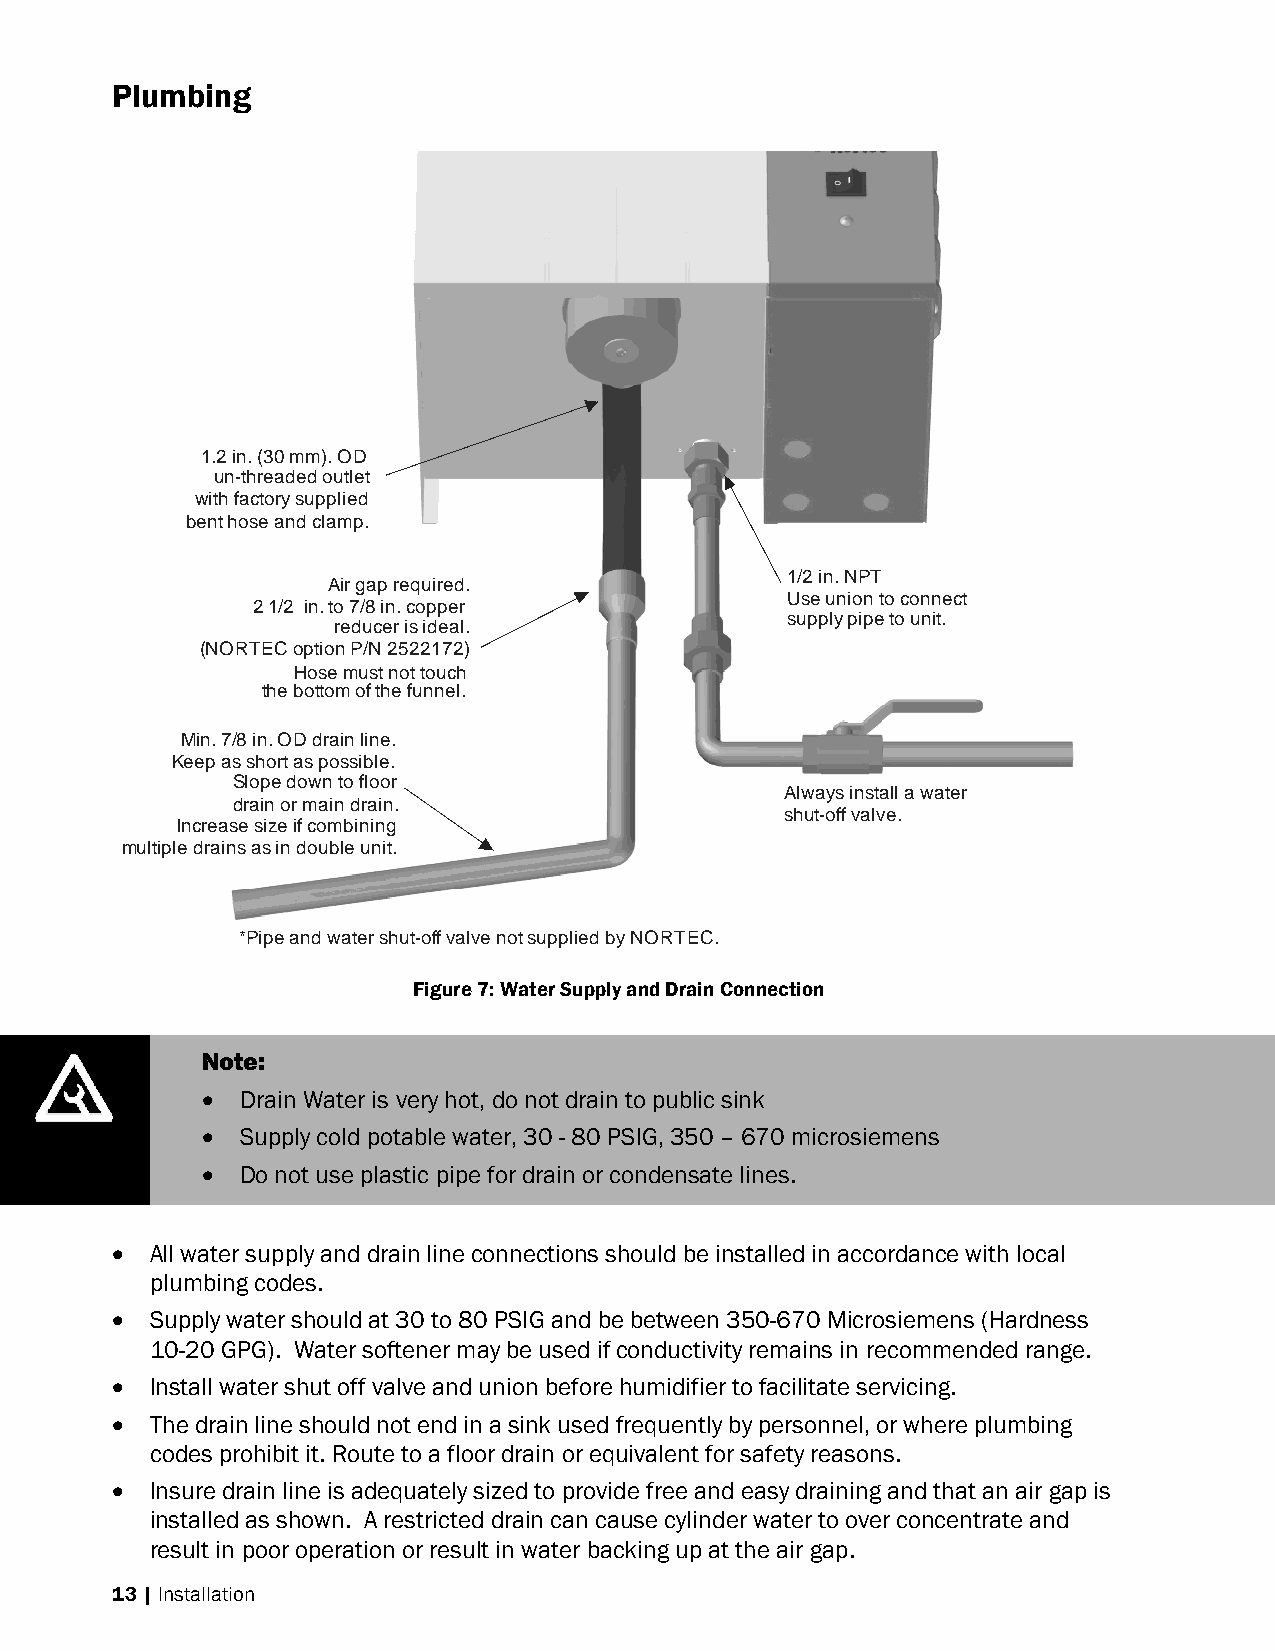
Plumbing
 1.2 in. (30 mm). OD
 un-threaded outlet
 with factory supplied
 bent hose and clamp.
 1/2 in. NPT
 Air gap required.
 Use union to connect
 2 1/2 in. to 7/8 in. copper
 supply pipe to unit.
 reducer is ideal.
 (NORTEC option P/N 2522172)
 Hose must not touch
 the bottom of the funnel.
 Min. 7/8 in. OD drain line.
 Keep as short as possible.
 Slope down to floor
 Always install a water
 drain or main drain.
 shut-off valve.
 Increase size if combining
 multiple drains as in double unit.
 *Pipe and water shut-off valve not supplied by NORTEC.
 Figure 7: Water Supply and Drain Connection
 Note:
  Drain Water is very hot, do not drain to public sink
  Supply cold potable water, 30 - 80 PSIG, 350 – 670 microsiemens
  Do not use plastic pipe for drain or condensate lines.
  All water supply and drain line connections should be installed in accordance with local
 plumbing codes.
  Supply water should at 30 to 80 PSIG and be between 350-670 Microsiemens (Hardness
 10-20 GPG). Water softener may be used if conductivity remains in recommended range.
  Install water shut off valve and union before humidifier to facilitate servicing.
  The drain line should not end in a sink used frequently by personnel, or where plumbing
 codes prohibit it. Route to a floor drain or equivalent for safety reasons.
  Insure drain line is adequately sized to provide free and easy draining and that an air gap is
 installed as shown. A restricted drain can cause cylinder water to over concentrate and
 result in poor operation or result in water backing up at the air gap.
 13 | Installation